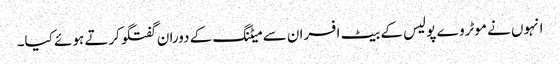
انہوں نے موٹروے پولیس کے بیٹ افسران سے میٹنگ کے دوران گفتگوکرتے ہوئے کیا۔